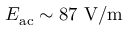
E _ { \mathrm { a c } } \sim 8 7 ~ \mathrm { V / m }